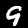
Digit: 9